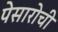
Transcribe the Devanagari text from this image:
पेसारोची